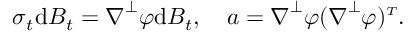
\boldsymbol { \sigma } _ { t } \mathrm { d } \boldsymbol { B } _ { t } = \boldsymbol { \nabla } ^ { \perp } \varphi \mathrm { d } B _ { t } , \quad \boldsymbol { a } = \boldsymbol { \nabla } ^ { \perp } \varphi ( \boldsymbol { \nabla } ^ { \perp } \varphi ) ^ { \scriptscriptstyle T } .